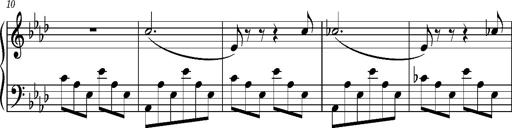
Title: Album-Leaf 'Freudvoll und leidvoll', S.166n
Composer: Franz Liszt
Key: A-flat major